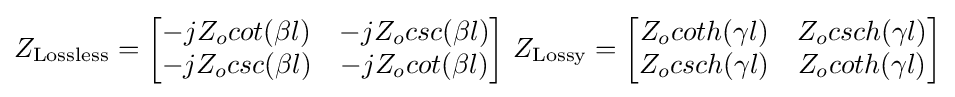
Z_{\text{Lossless}}={\begin{bmatrix}-jZ_{o}cot(\beta l)&-jZ_{o}csc(\beta l)\\-jZ_{o}csc(\beta l)&-jZ_{o}cot(\beta l)\end{bmatrix}}{\text{     }}Z_{\text{Lossy}}={\begin{bmatrix}Z_{o}coth(\gamma l)&Z_{o}csch(\gamma l)\\Z_{o}csch(\gamma l)&Z_{o}coth(\gamma l)\end{bmatrix}}